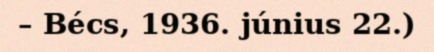
– Bécs, 1936. június 22.)